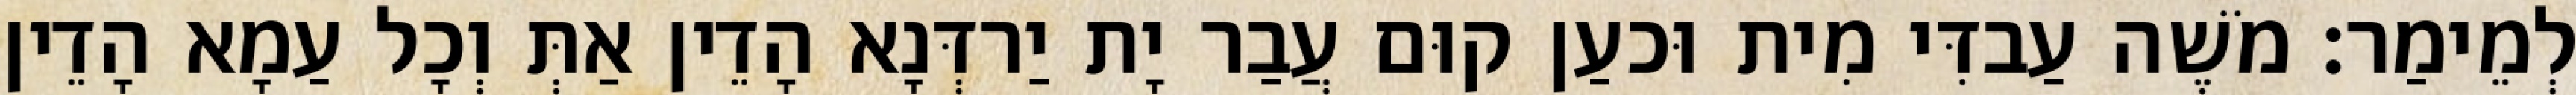
לְמֵימַר׃ מֹשֶׁה עַבדִּי מִית וּכעַן קוּם עֲבַר יָת יַרדְּנָא הָדֵין אַתְּ וְכָל עַמָא הָדֵין